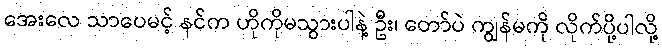
အေးလေ သာပေမင့် နင်က ဟိုကိုမသွားပါနဲ့ ဦး၊ တော်ပဲ ကျွန်မကို လိုက်ပို့ပါလို့